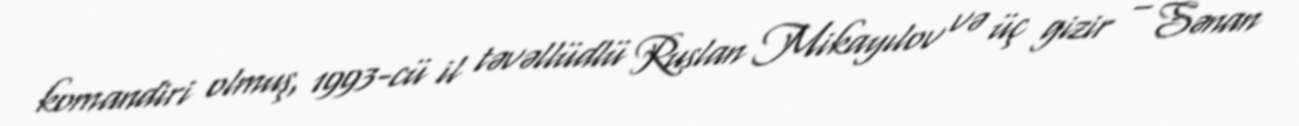
komandiri olmuş, 1993-cü il təvəllüdlü Ruslan Mikayılov və üç gizir – Sənan